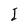
Character: I